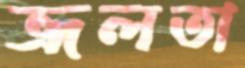
ভ্রূলতা